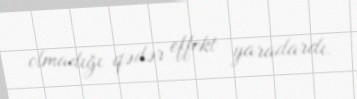
olmadığı qədər effekt yaradardı.